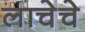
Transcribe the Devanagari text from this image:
लाचेचे